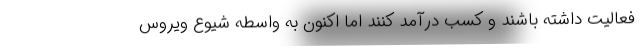
فعالیت داشته باشند و کسب درآمد کنند اما اکنون به واسطه شیوع ویروس